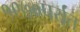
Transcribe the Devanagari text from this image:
१९७०पर्यंत